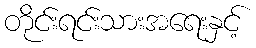
တိုင်းရင်းသားအရေးနှင့်